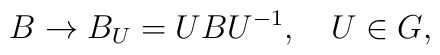
B\rightarrow B_U=UBU^{-1},\quad U\in G,